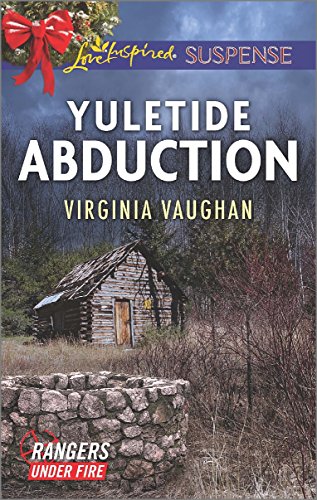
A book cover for Yuletide Abduction (Rangers Under Fire); Virginia Vaughan; Romance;